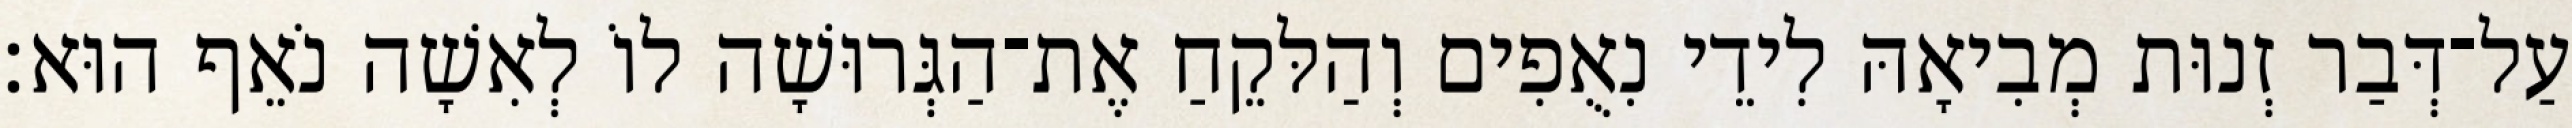
עַל־דְּבַר זְנוּת מְבִיאָהּ לִידֵי נִאֻפִים וְהַלּקֵחַ אֶת־הַגְּרוּשָׁה לוֹ לְאִשָׁה נֹאֵף הוּא׃